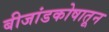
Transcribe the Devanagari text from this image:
बीजांडकोषातून